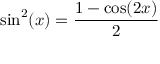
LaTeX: \sin ^ { 2 } ( x ) = { \frac { 1 - \cos ( 2 x ) } { 2 } }